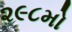
૨૯૮મો